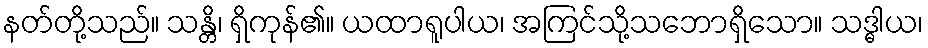
နတ်တို့သည်။ သန္တိ၊ ရှိကုန်၏။ ယထာရူပါယ၊ အကြင်သို့သဘောရှိသော။ သဒ္ဓါယ၊